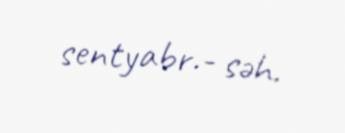
sentyabr.- səh.